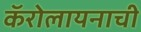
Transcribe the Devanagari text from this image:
कॅरोलायनाची